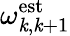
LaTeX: \omega_{\mathit{k},\mathit{k}+1}^{\mathrm{{est}}}